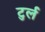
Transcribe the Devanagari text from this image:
टुर्ल